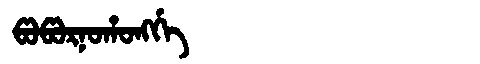
Manchu: ᡦᠣᡦᠣᡵᠨᠣᡥᠣᠩᡤᡝ
Romanization: POPORNOHONGGE